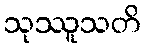
သုဿူသတိ